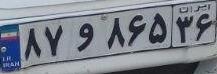
۸۷و۸۶۵۳۶